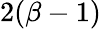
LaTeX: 2(\beta-1)